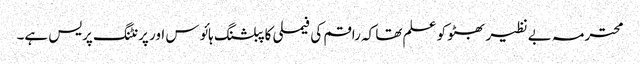
محترمہ بے نظیر بھٹو کو علم تھا کہ راقم کی فیملی کا پبلشنگ ہائوس اور پرنٹنگ پریس ہے۔